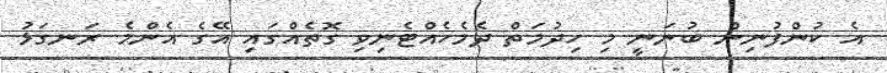
އެ ކުންފުނިން ބުނަނީ މި ހިދުމަތް ދެމެހެއްޓެނިވި ގޮތެއްގައި އޭގެ އެންމެ ރަނގަޅު